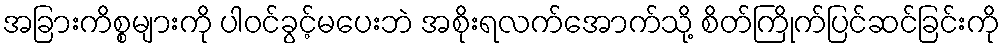
အခြားကိစ္စများကို ပါဝင်ခွင့်မပေးဘဲ အစိုးရလက်အောက်သို့ စိတ်ကြိုက်ပြင်ဆင်ခြင်းကို